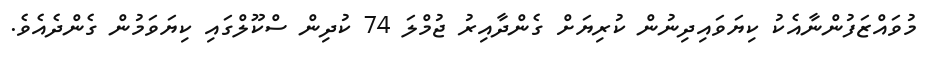
މުވައްޒަފުންނާއެކު ކިޔަވައިދިނުން ކުރިޔަށް ގެންދާއިރު ޖުމްލަ 74 ކުދިން ސްކޫލްގައި ކިޔަވަމުން ގެންދެއެވެ.